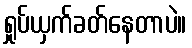
ရှုပ်ယှက်ခတ်နေတာပဲ။